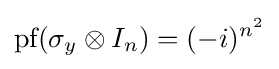
{\textrm {pf}}(\sigma _{y}\otimes I_{n})=(-i)^{n^{2}}